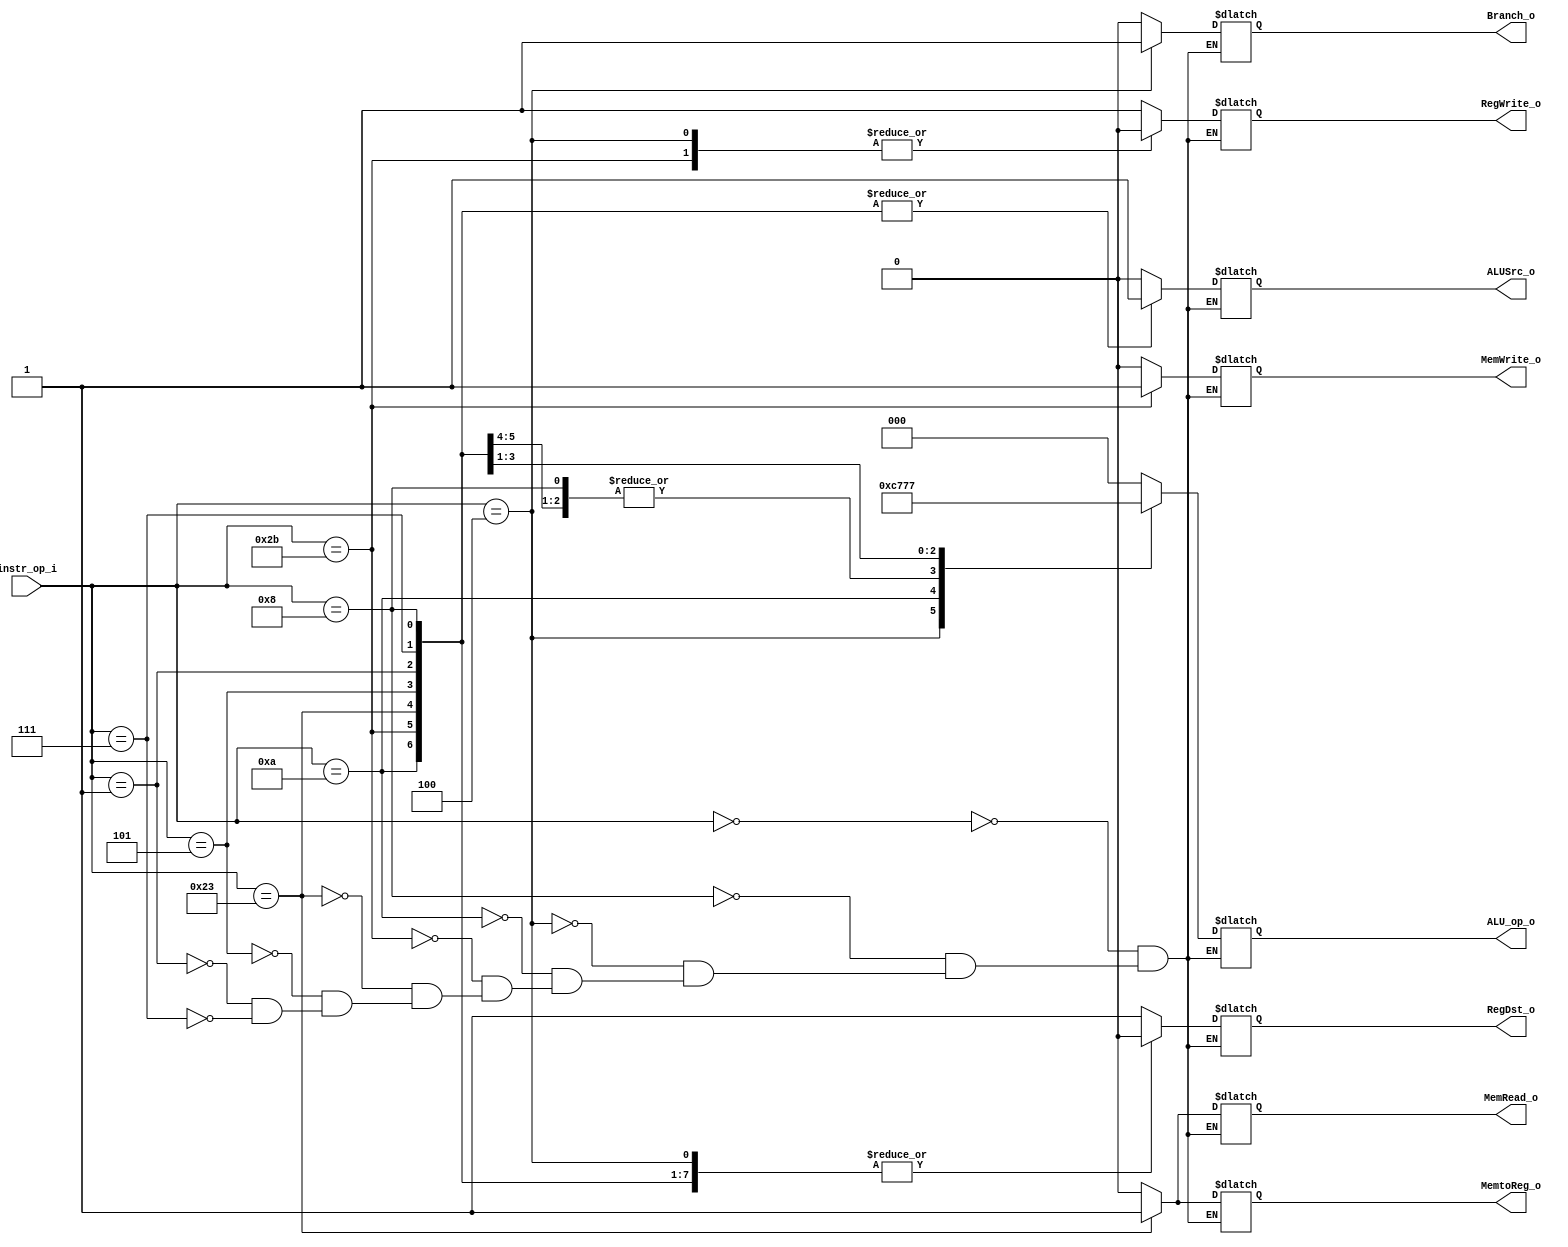
//Subject:     CO project 5 - Decoder
//--------------------------------------------------------------------------------
//Version:     1
//--------------------------------------------------------------------------------
//Writer:      Ling Yin-Tao
//----------------------------------------------
//Date:        6/13
//----------------------------------------------
//Description: 0516320
//--------------------------------------------------------------------------------

module Decoder(
    instr_op_i,
	RegWrite_o,
	ALU_op_o,
	ALUSrc_o,
	RegDst_o,
	Branch_o,
	MemRead_o,
	MemWrite_o,
	MemtoReg_o
	//jump_o
	);
     
//I/O ports
input  [6-1:0] instr_op_i;

output         RegWrite_o;
output [3-1:0] ALU_op_o;
output         ALUSrc_o;
output         RegDst_o;
output         Branch_o;
output         MemRead_o;
output         MemWrite_o;
output         MemtoReg_o;
//output         jump_o;


 
//Internal Signals
reg    [3-1:0] ALU_op_o;
reg            ALUSrc_o;
reg            RegWrite_o;
reg            RegDst_o;
reg            Branch_o;
reg            MemRead_o;
reg            MemWrite_o;
reg            MemtoReg_o;
//reg            jump_o;

//Parameter


//Main function
always@(*)begin
	case(instr_op_i)
        6'b000000: // R-type > 0
		begin
			RegWrite_o=1;
			ALUSrc_o=0;
			RegDst_o=1;
			Branch_o=0;
			MemRead_o=0;
			MemWrite_o=0;
			MemtoReg_o=0;
			//jump_o=0;
			ALU_op_o[3-1:0]=3'b000;			
		end
		6'b001000: // I-type ADDi > 8
        begin
            RegWrite_o=1;
            ALUSrc_o=1;
            RegDst_o=0;
            Branch_o=0;
			MemRead_o=0;
			MemWrite_o=0;
			MemtoReg_o=0;
			//jump_o=0;
            ALU_op_o[3-1:0]=3'b011;
        end
        6'b000100: // BEQ > 4
        begin
            RegWrite_o=0;
            ALUSrc_o=0;
            RegDst_o=0;
            Branch_o=1;
			MemRead_o=0;
			MemWrite_o=0;
			MemtoReg_o=0;
			//jump_o=0;
            ALU_op_o[3-1:0]=3'b001;
        end
        6'b001010: // SLTi > 10
        begin
            RegWrite_o=1;
            ALUSrc_o=1;
            RegDst_o=0;
            Branch_o=0;
			MemRead_o=0;
			MemWrite_o=0;
			MemtoReg_o=0;
			//jump_o=0;
            ALU_op_o[3-1:0]=3'b100;
        end
        6'b101011: // sw > 101011
        begin
            RegWrite_o=0;
            ALUSrc_o=1;
            RegDst_o=0;
            Branch_o=0;
			MemRead_o=0;
			MemWrite_o=1;
			MemtoReg_o=0;
			//jump_o=0;
            ALU_op_o[3-1:0]=3'b011;
        end
        6'b100011: // lw > 100011
        begin
            RegWrite_o=1;
            ALUSrc_o=1;
            RegDst_o=0;
            Branch_o=0;
			MemRead_o=1;
			MemWrite_o=0;
			MemtoReg_o=1;
			//jump_o=0;
            ALU_op_o[3-1:0]=3'b011;
        end
		6'b000101: begin // BNE
            RegWrite_o=1;
            ALUSrc_o=1;
            RegDst_o=0;
            Branch_o=0;
			MemRead_o=0;
			MemWrite_o=0;
			MemtoReg_o=0;
			//jump_o=0;
            ALU_op_o[3-1:0]=3'b101;
		end
		6'b000001: begin // BGE
            RegWrite_o=1;
            ALUSrc_o=1;
            RegDst_o=0;
            Branch_o=0;
			MemRead_o=0;
			MemWrite_o=0;
			MemtoReg_o=0;
			//jump_o=0;
            ALU_op_o[3-1:0]=3'b110;
		end
		6'b000111: begin // BGT
            RegWrite_o=1;
            ALUSrc_o=1;
            RegDst_o=0;
            Branch_o=0;
			MemRead_o=0;
			MemWrite_o=0;
			MemtoReg_o=0;
			//jump_o=0;
            ALU_op_o[3-1:0]=3'b111;
		end
        default:   // Set R-type
        begin
            RegWrite_o=RegWrite_o;
            ALUSrc_o=ALUSrc_o;
            RegDst_o=RegDst_o;
            Branch_o=Branch_o;
			MemRead_o=MemRead_o;
			MemWrite_o=MemWrite_o;
			MemtoReg_o=MemtoReg_o;
			//jump_o=jump_o;
            ALU_op_o=ALU_op_o;
        end

	endcase
end

endmodule